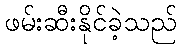
ဖမ်းဆီးနိုင်ခဲ့သည်